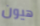
هيون